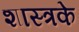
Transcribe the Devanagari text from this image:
शास्त्रके